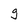
Character: g